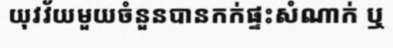
យុវវ័យមួយចំនួនបានកក់ផ្ទះសំណាក់ ឬ